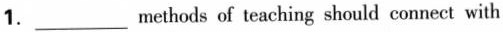
1.___ methods of teaching should connect with